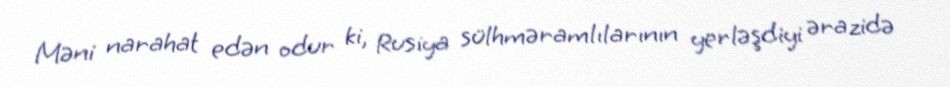
Məni narahat edən odur ki, Rusiya sülhməramlılarının yerləşdiyi ərazidə